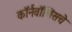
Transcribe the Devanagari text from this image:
कॉर्नवॉलिसचे